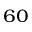
^ { 6 0 }